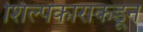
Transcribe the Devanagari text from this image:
शिल्पकाराकडून